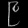
Digit: ၉